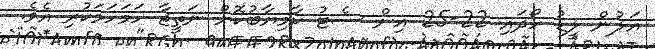
އަލުން ލީޑު ހޯދައި 22-25 އިން ސެޓު ކާމިޔާބުކޮށް ނަތީޖާ ހަމަހަމަކުރި އެވެ.